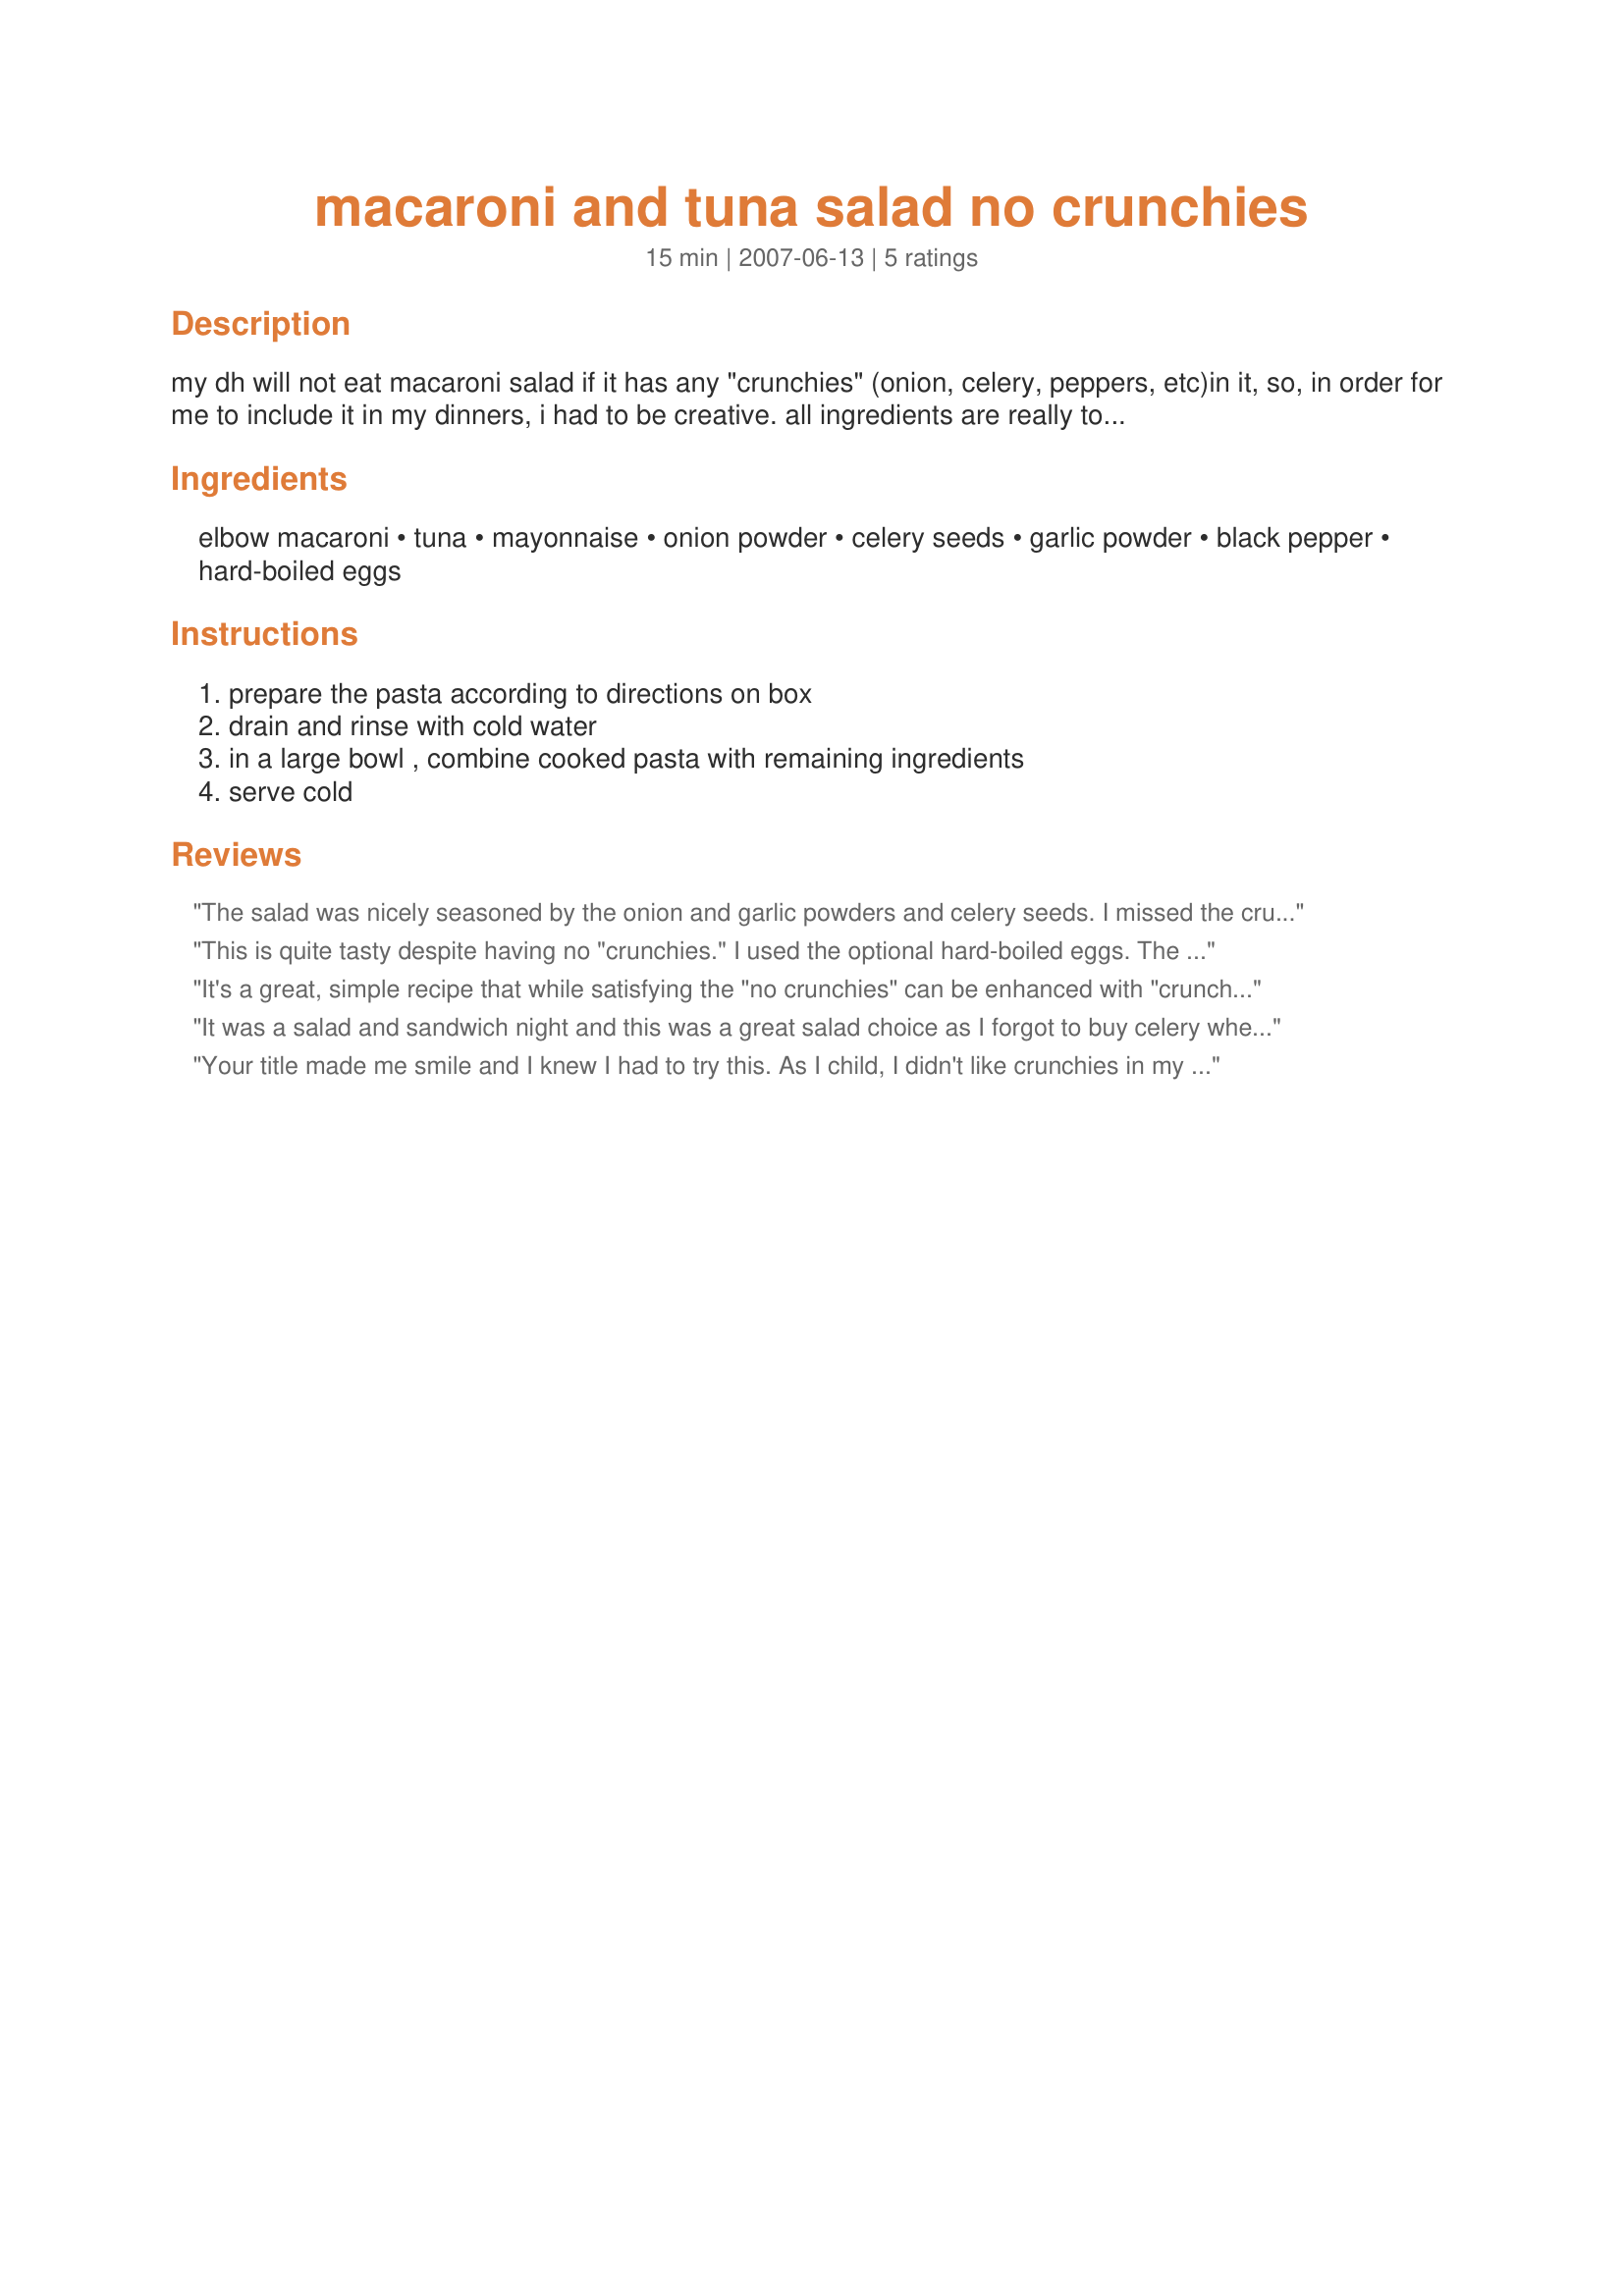
macaroni and tuna salad no crunchies
Preparation time: 15 minutes

my dh will not eat macaroni salad if it has any "crunchies" (onion, celery, peppers, etc)in it, so, in order for me to include it in my dinners, i had to be creative. all ingredients are really to taste, as i have a tendency not to measure. this is a great idea for kids also, as i know that when many of the children in our family were small they didn't like onions.

Ingredients:
elbow macaroni, tuna, mayonnaise, onion powder, celery seeds, garlic powder, black pepper, hard-boiled eggs

Steps:
prepare the pasta according to directions on box, drain and rinse with cold water, in a large bowl , combine cooked pasta with remaining ingredients, serve cold

Reviews:
The salad was nicely seasoned by the onion and garlic powders and celery seeds. I missed the crunch and added some finely chopped celery. I halved the recipe, but used the full half cup of mayo in the salad.
This is quite tasty despite having no "crunchies." I used the optional hard-boiled eggs. The only thing I did differently was that instead of onion powder, I used fresh red onion. I chopped it really fine, so there still wouldn't be much "crunch." I like that this is quick and easy to make and great for kids and adults alike. Thanx for posting!
It's a great, simple recipe that while satisfying the "no crunchies" can be enhanced with "crunchies" as desired. I used about 3/4 cup of mayo and it was perfect. This was an easy and quick recipe that allowed me to use food in my cupboard.
It was a salad and sandwich night and this was a great salad choice as I forgot to buy celery when I did the shopping. After mingling for a couple of hrs in he fridge all of the flavors played very nicely together and made a great tasting mac salad.
Your title made me smile and I knew I had to try this. As I child, I didn't like crunchies in my macaroni salad so my mom would make me my own batch. This recipe was easy to make. I followed the recipe as written but I needed to add a lot more mayo then indicated. I put in one cup and it still wasn't enough. From there I just dumped it in, I didn't measure. We thought it was missing something though- just not sure what (and it wasn't anything cruchy! LOL) I did add the optional eggs.
